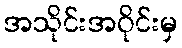
အသိုင်းအဝိုင်းမှ